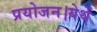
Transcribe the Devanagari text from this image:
प्रयोजन।येथें